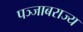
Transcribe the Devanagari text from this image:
पञ्जाबराज्य